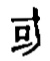
可